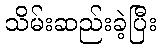
သိမ်းဆည်းခဲ့ပြီး